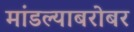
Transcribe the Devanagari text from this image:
मांडल्याबरोबर